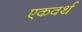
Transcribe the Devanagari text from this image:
एकवर्थ